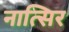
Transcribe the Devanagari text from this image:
नात्सिर